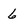
Character: 6